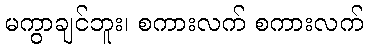
မကွာချင်ဘူး၊ စကားလက် စကားလက်